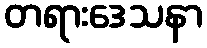
တရားဒေသနာ